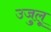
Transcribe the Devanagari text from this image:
उजुलू